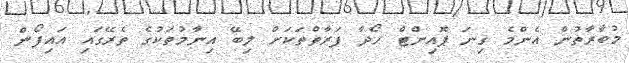
މުބާރާތުން އެންމެ ގިނަ ޕޮއިންޓް ހޯދާ ފަރާތްތަކަށް ލިބޭ އިނާމުތަކުގެ ތެރޭގައި އައިފޯން